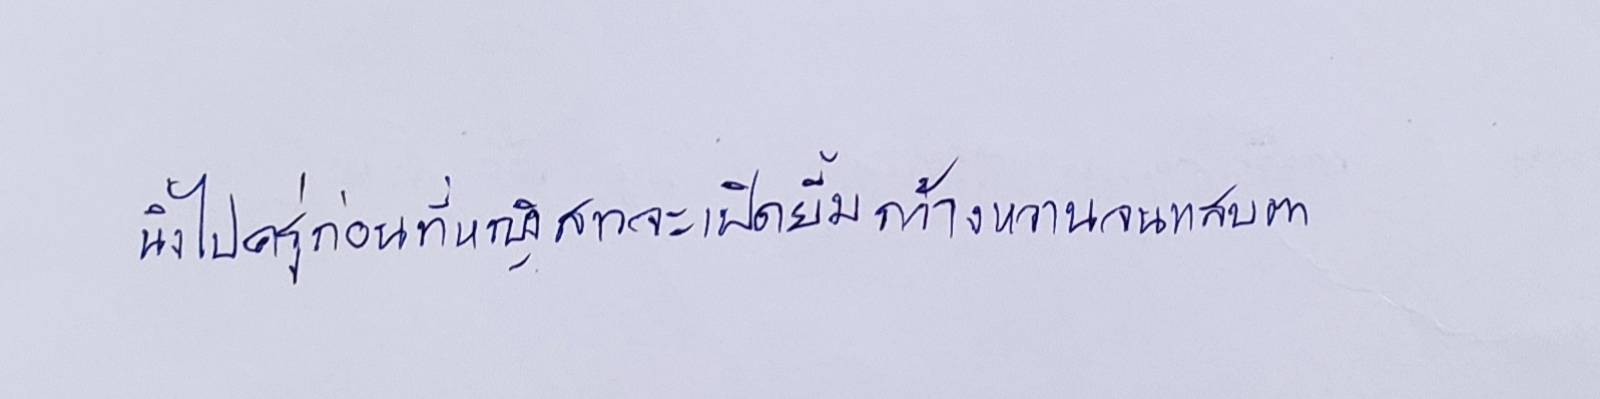
นิ่งไปครู่ก่อนที่หญิงสาวจะเปิดยิ้มกว้างหวานจนแสบตา